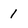
Character: 1